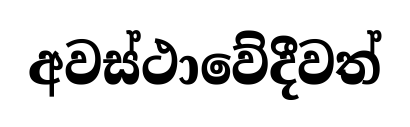
අවස්ථාවේදීවත්